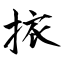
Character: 挔